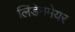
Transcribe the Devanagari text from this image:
लिंडेनमेयर